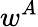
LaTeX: w^{A}